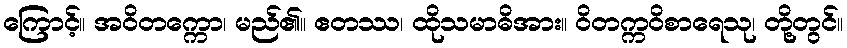
ကြောင့်။ အဝိတက္ကော၊ မည်၏။ ဧတဿ၊ ထိုသမာဓိအား။ ဝိတက္ကဝိစာရေသု၊ တို့တွင်။